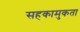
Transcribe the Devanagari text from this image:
सहकामुकता